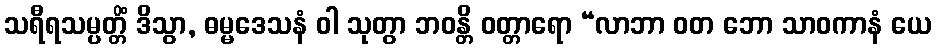
သရီရသမ္ပတ္တိံ ဒိသွာ, ဓမ္မဒေသနံ ဝါ သုတွာ ဘဝန္တိ ဝတ္တာရော “လာဘာ ဝတ ဘော သာဝကာနံ ယေ